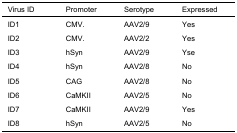
<table><thead><tr><td><b>Virus ID</b></td><td><b>Promoter</b></td><td><b>Serotype</b></td><td><b>Expressed</b></td></tr></thead><tbody><tr><td>ID1</td><td>CMV.</td><td>AAV2/9</td><td>Yes</td></tr><tr><td>ID2</td><td>CMV.</td><td>AAV2/2</td><td>Yes</td></tr><tr><td>ID3</td><td>hSyn</td><td>AAV2/9</td><td>Yse</td></tr><tr><td>ID4</td><td>hSyn</td><td>AAV2/8</td><td>No</td></tr><tr><td>ID5</td><td>CAG</td><td>AAV2/8</td><td>No</td></tr><tr><td>ID6</td><td>CaMKII</td><td>AAV2/5</td><td>No</td></tr><tr><td>ID7</td><td>CaMKII</td><td>AAV2/9</td><td>Yes</td></tr><tr><td>ID8</td><td>hSyn</td><td>AAV2/5</td><td>No</td></tr></tbody></table>